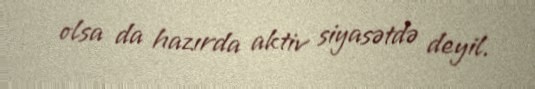
olsa da hazırda aktiv siyasətdə deyil.